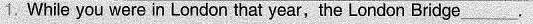
1. While you were in London that year, the London Bridge ___.